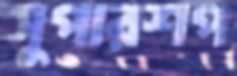
সুপারশপ